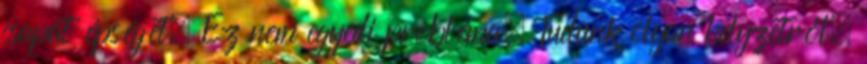
csapat épségét. Ez nem egyedi probléma. Tudunk olyan helyzetről,